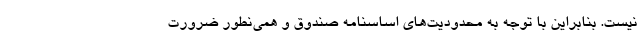
نیست. بنابراین با توجه به محدودیت‌های اساسنامه صندوق و همی‌نطور ضرورت